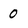
Character: 0